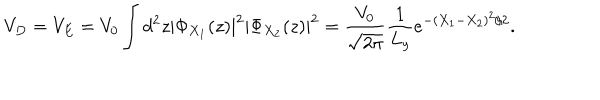
V _ { D } = V _ { E } = V _ { 0 } \int d ^ { 2 } z \left| \Phi _ { X _ { 1 } } ( z ) \right| ^ { 2 } \left| \Phi _ { X _ { 2 } } ( z ) \right| ^ { 2 } = { \frac { V _ { 0 } } { \sqrt { 2 \pi } } } { \frac { 1 } { L _ { y } } } e ^ { - ( X _ { 1 } - X _ { 2 } ) ^ { 2 } / 2 } .